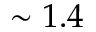
\sim 1 . 4